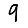
Digit: 9